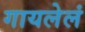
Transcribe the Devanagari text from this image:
गायलेलं